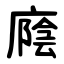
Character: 廕